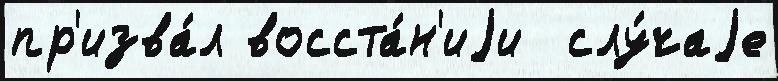
пр'изва́л восста́н'иjи  слу́чаjе